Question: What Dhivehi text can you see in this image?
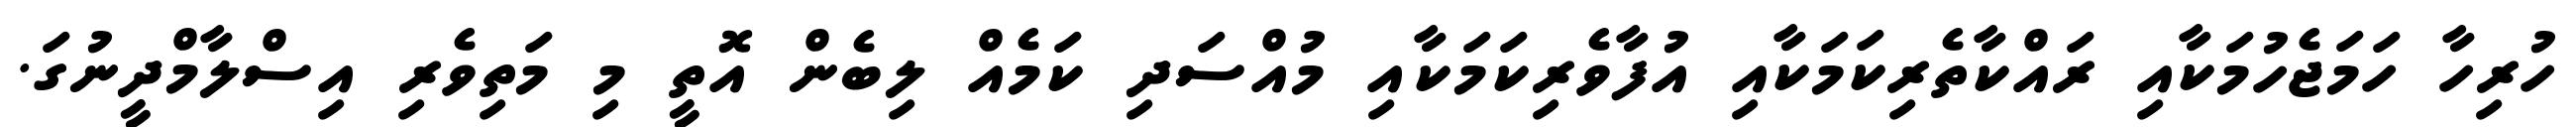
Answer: ހުރިހާ ހަމަޖެހުމަކާއި ރައްކާތެރިކަމަކާއި އުފާވެރިކަމަކާއި މުއްސަދި ކަމެއް ލިބެން އޮތީ މި މަތިވެރި އިސްލާމްދީނުގަ.